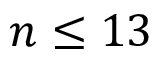
n \leq 1 3